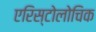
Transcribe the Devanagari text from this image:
एरिस्टोलोचिक